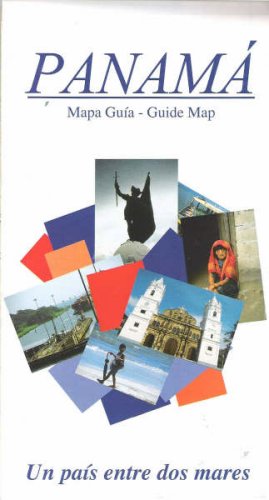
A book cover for Panama, Mapa Guia - Guide Map (Spanish Edition); Distribuidora Lewis; Travel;